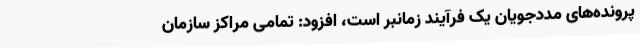
پرونده‌های مددجویان یک فرآیند زمانبر است، افزود: تمامی مراکز سازمان